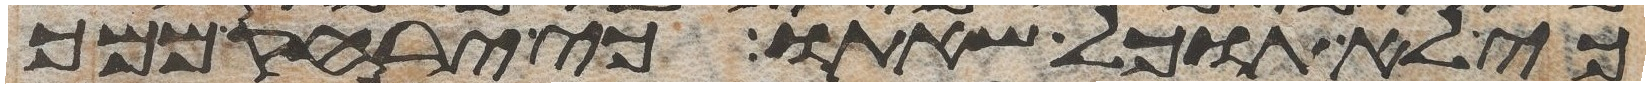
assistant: כי לא תוכל שאתו כי ירחק ממך